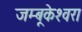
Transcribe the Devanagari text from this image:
जम्बूकेश्‍वरा